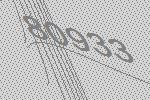
80933